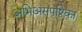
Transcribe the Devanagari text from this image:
अभिअंसपृष्ठिका